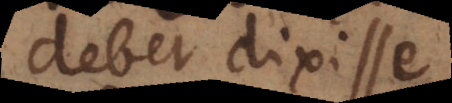
debet dixisse,